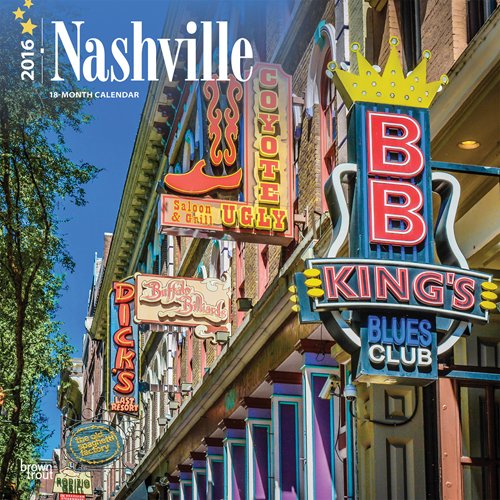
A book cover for Nashville 2016 Square 12x12 (Multilingual Edition); Browntrout Publishers; Calendars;